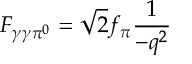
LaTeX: F _ { \gamma \gamma \pi ^ { 0 } } = \sqrt { 2 } f _ { \pi } \frac { 1 } { - q ^ { 2 } }